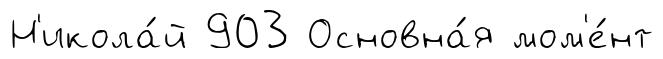
Н'икола́й 903 Основна́я мом'е́нт